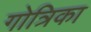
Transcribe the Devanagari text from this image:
गोत्रिका